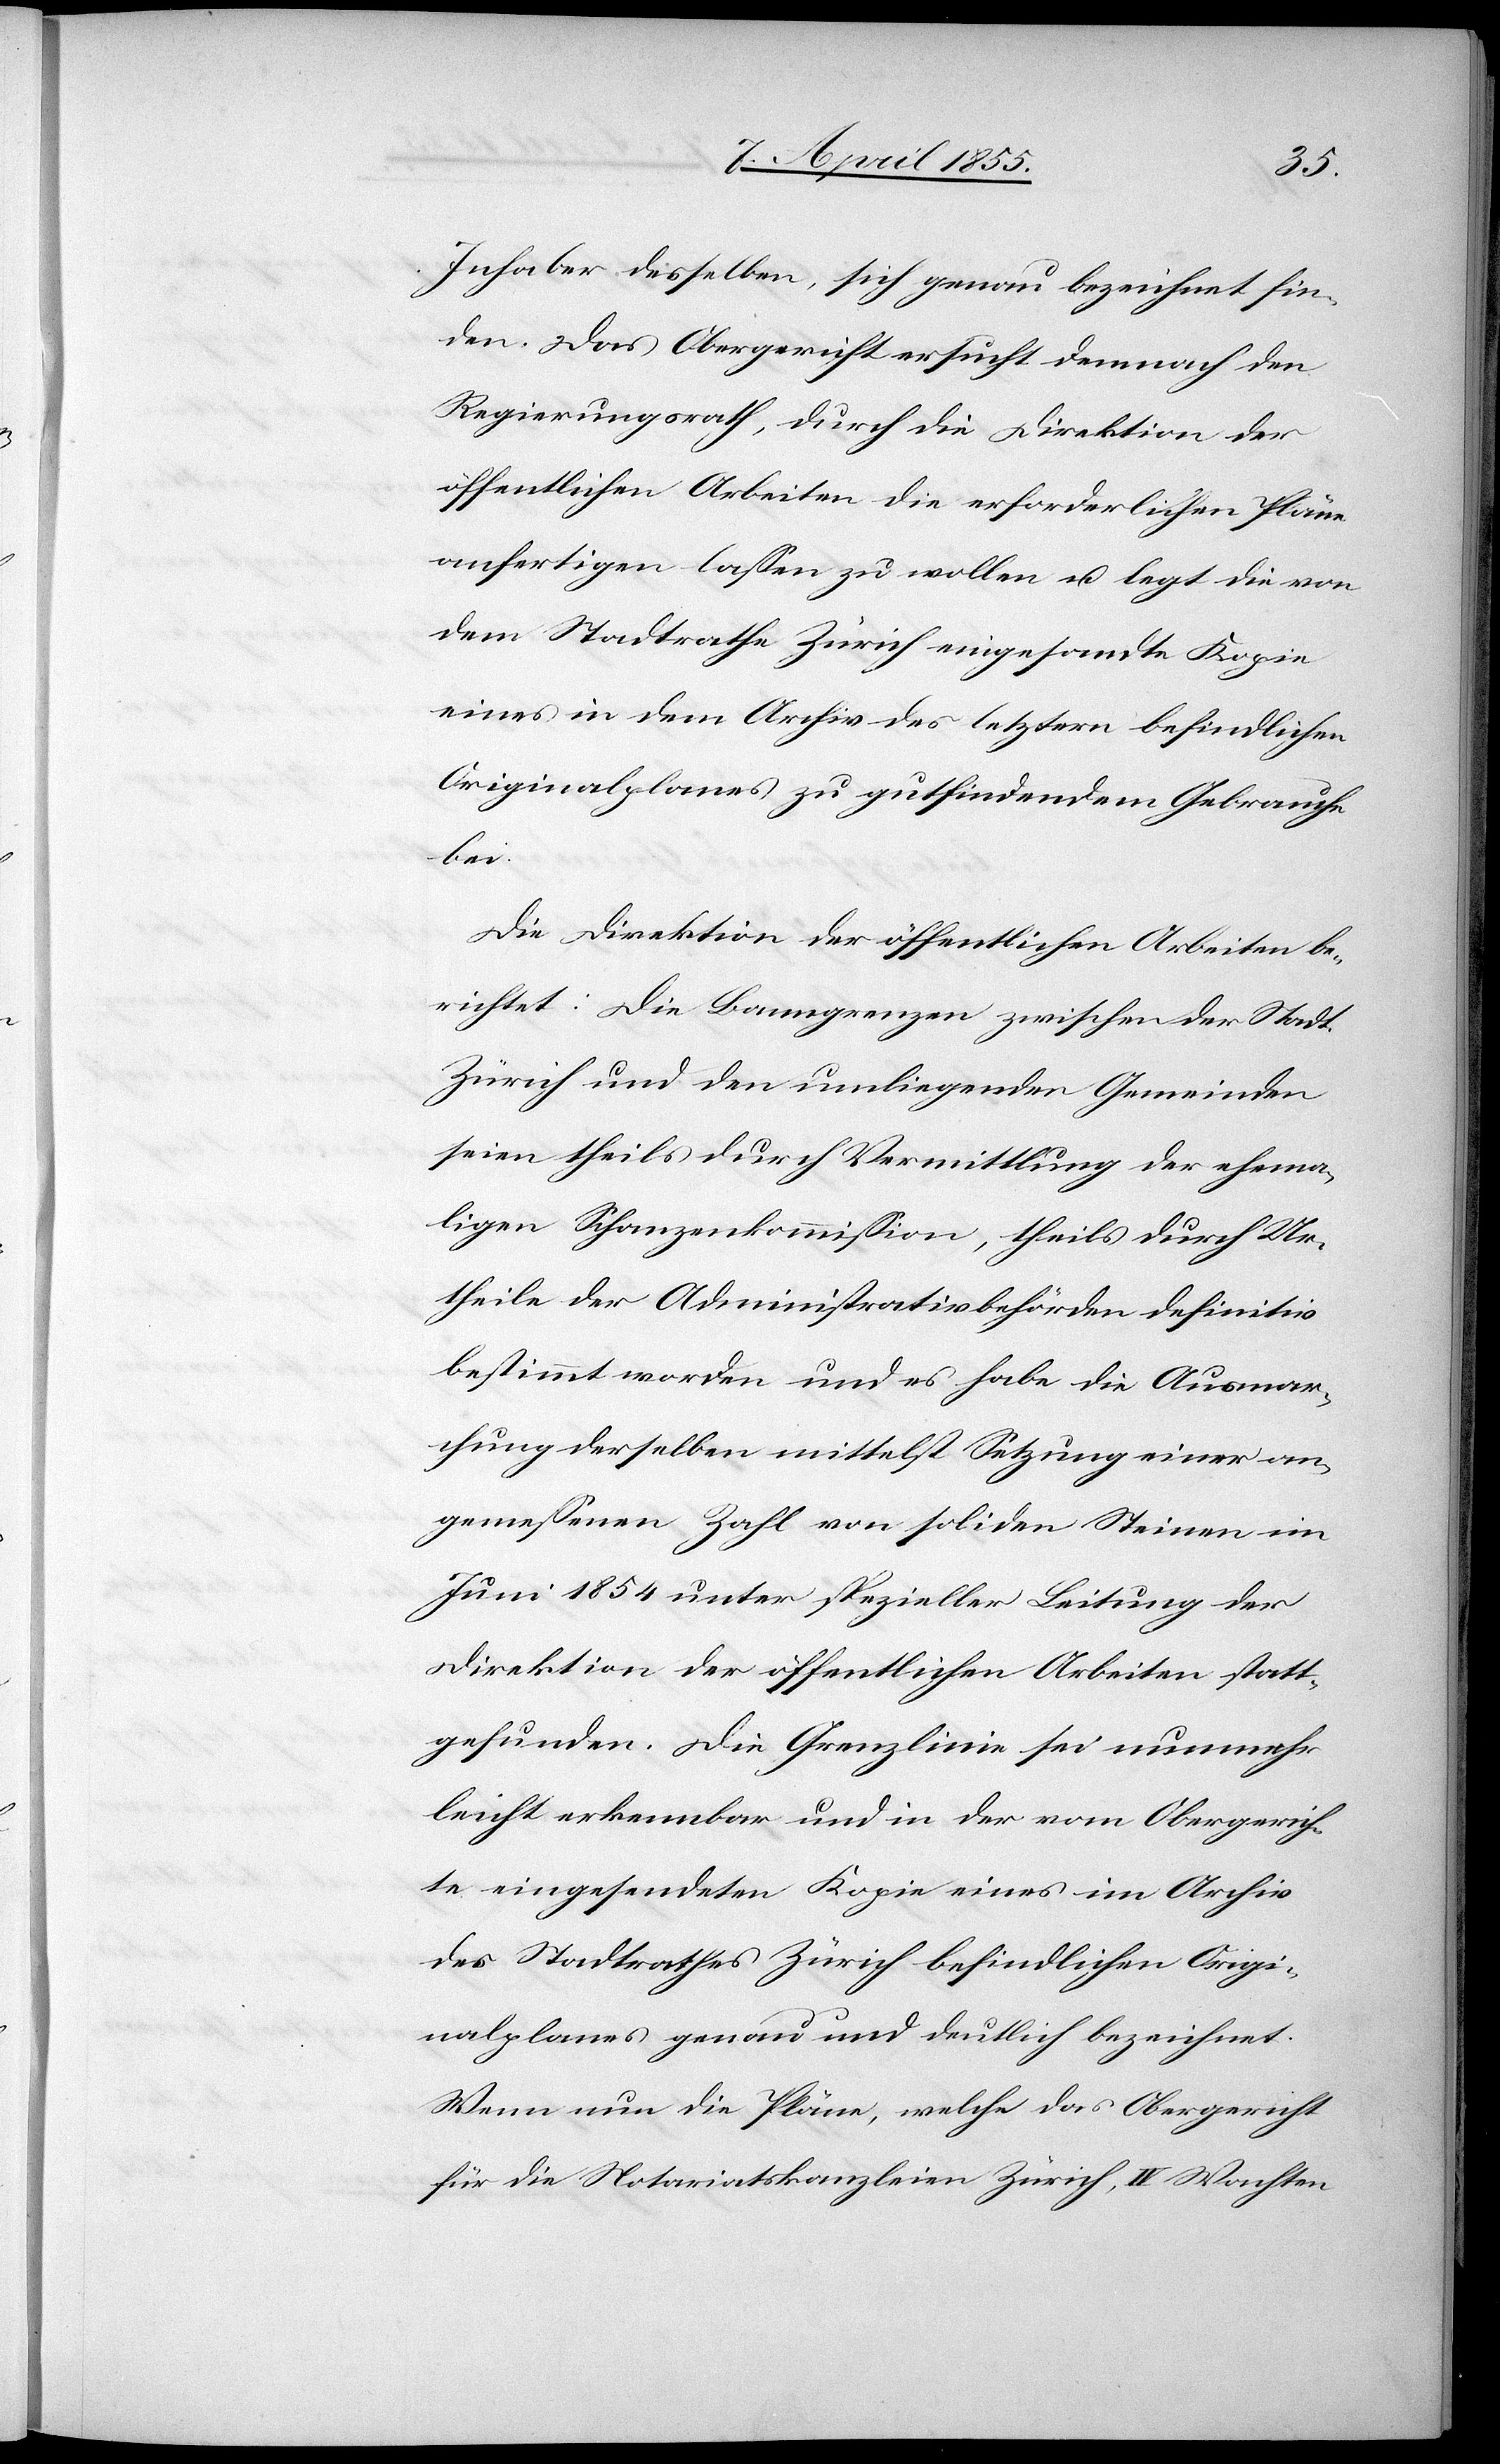
Inhaber desselben, sich genau bezeichnet fin¬
den. Das Obergericht ersucht demnach den
Regierungsrath, durch die Direktion der
öffentlichen Arbeiten die erforderlichen Pläne
anfertigen lassen zu wollen u. legt die von
dem Stadtrathe Zürich eingesandte Kopie
eines in dem Archiv des letztern befindlichen
Originalplanes zu gutfindendem Gebrauche
bei.
Die Direktion der öffentlichen Arbeiten be¬
richtet: Die Banngrenzen zwischen der Stadt
Zürich und den umliegenden Gemeinden
seien theils durch Vermittlung der ehema¬
ligen Schanzenkommission, theils durch Ur¬
theile der Administrativbehörden definitiv
bestimmt worden und es habe die Ausmar¬
chung derselben mittelst Setzung einer an¬
gemessenen Zahl von soliden Steinen im
Juni 1854 unter spezieller Leitung der
Direktion der öffentlichen Arbeiten statt¬
gefunden. Die Grenzlinie sei nunmehr
leicht erkennbar und in der vom Obergerich¬
te eingesendeten Kopie eines im Archiv
des Stadtrathes Zürich befindlichen Origi¬
nalplanes genau und deutlich bezeichnet.
Wenn nun die Pläne, welche das Obergericht
für die Notariatskanzleien Zürich, IV Wachten